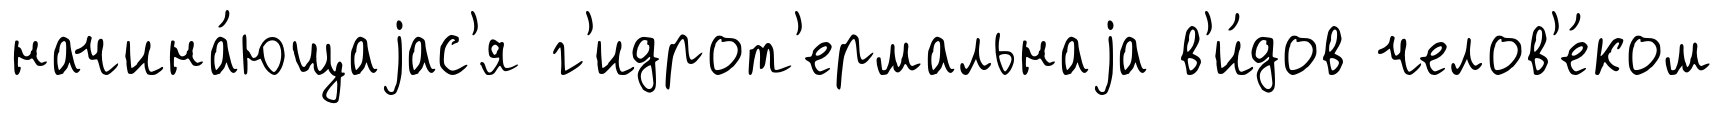
начина́ющаjас'я г'идрот'ермальнаjа в'и́дов челов'е́ком